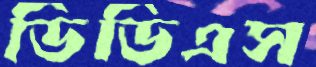
ডিডিএস